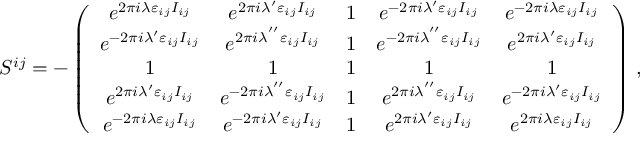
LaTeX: S ^ { i j } = - \left( \begin{array} { c c c c c } { { e ^ { 2 \pi i \lambda \varepsilon _ { i j } I _ { i j } } } } & { { e ^ { 2 \pi i \lambda ^ { \prime } \varepsilon _ { i j } I _ { i j } } } } & { { 1 } } & { { e ^ { - 2 \pi i \lambda ^ { \prime } \varepsilon _ { i j } I _ { i j } } } } & { { e ^ { - 2 \pi i \lambda \varepsilon _ { i j } I _ { i j } } } } \\ { { e ^ { - 2 \pi i \lambda ^ { \prime } \varepsilon _ { i j } I _ { i j } } } } & { { e ^ { 2 \pi i \lambda ^ { ^ { \prime \prime } } \varepsilon _ { i j } I _ { i j } } } } & { { 1 } } & { { e ^ { - 2 \pi i \lambda ^ { ^ { \prime \prime } } \varepsilon _ { i j } I _ { i j } } } } & { { e ^ { 2 \pi i \lambda ^ { \prime } \varepsilon _ { i j } I _ { i j } } } } \\ { { 1 } } & { { 1 } } & { { 1 } } & { { 1 } } & { { 1 } } \\ { { e ^ { 2 \pi i \lambda ^ { \prime } \varepsilon _ { i j } I _ { i j } } } } & { { e ^ { - 2 \pi i \lambda ^ { ^ { \prime \prime } } \varepsilon _ { i j } I _ { i j } } } } & { { 1 } } & { { e ^ { 2 \pi i \lambda ^ { ^ { \prime \prime } } \varepsilon _ { i j } I _ { i j } } } } & { { e ^ { - 2 \pi i \lambda ^ { \prime } \varepsilon _ { i j } I _ { i j } } } } \\ { { e ^ { - 2 \pi i \lambda \varepsilon _ { i j } I _ { i j } } } } & { { e ^ { - 2 \pi i \lambda ^ { \prime } \varepsilon _ { i j } I _ { i j } } } } & { { 1 } } & { { e ^ { 2 \pi i \lambda ^ { \prime } \varepsilon _ { i j } I _ { i j } } } } & { { e ^ { 2 \pi i \lambda \varepsilon _ { i j } I _ { i j } } } } \end{array} \right) \, ,